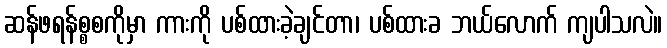
ဆန်ဖရန်စ္စစကိုမှာ ကားကို ပစ်ထားခဲ့ချင်တာ၊ ပစ်ထားခ ဘယ်လောက် ကျပါသလဲ။